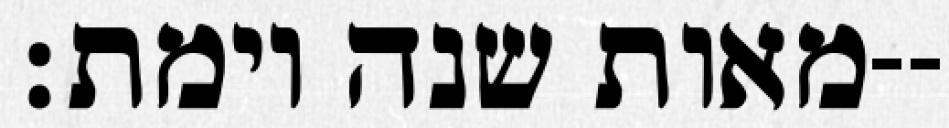
מאות שנה וימת׃--